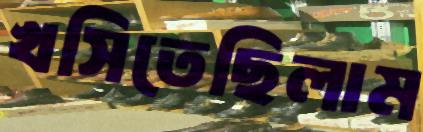
খসিতেছিলাম